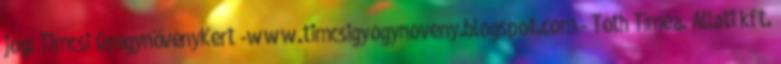
jog: Timcsi GyógynövényKert -www.timcsigyogynoveny.blogspot.com - Tóth Tímea. Állati kft.